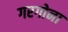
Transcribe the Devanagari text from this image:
गरगोना